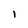
Character: I